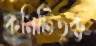
কমিটিভুক্ত